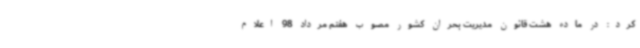
کرد: در ماده هشت قانون مدیریت بحران کشور مصوب هفتم مرداد 98 اعلام